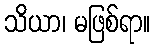
သိယာ၊ မဖြစ်ရာ။